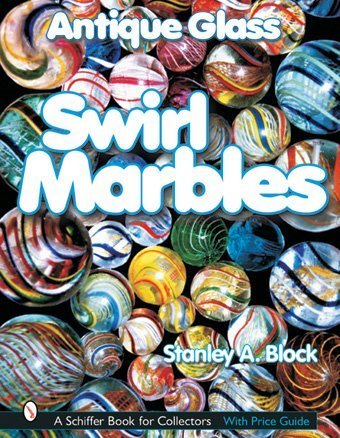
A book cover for Antique Glass Swirl Marbles (Schiffer Book for Collectors); Stanley A. Block; Crafts, Hobbies & Home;